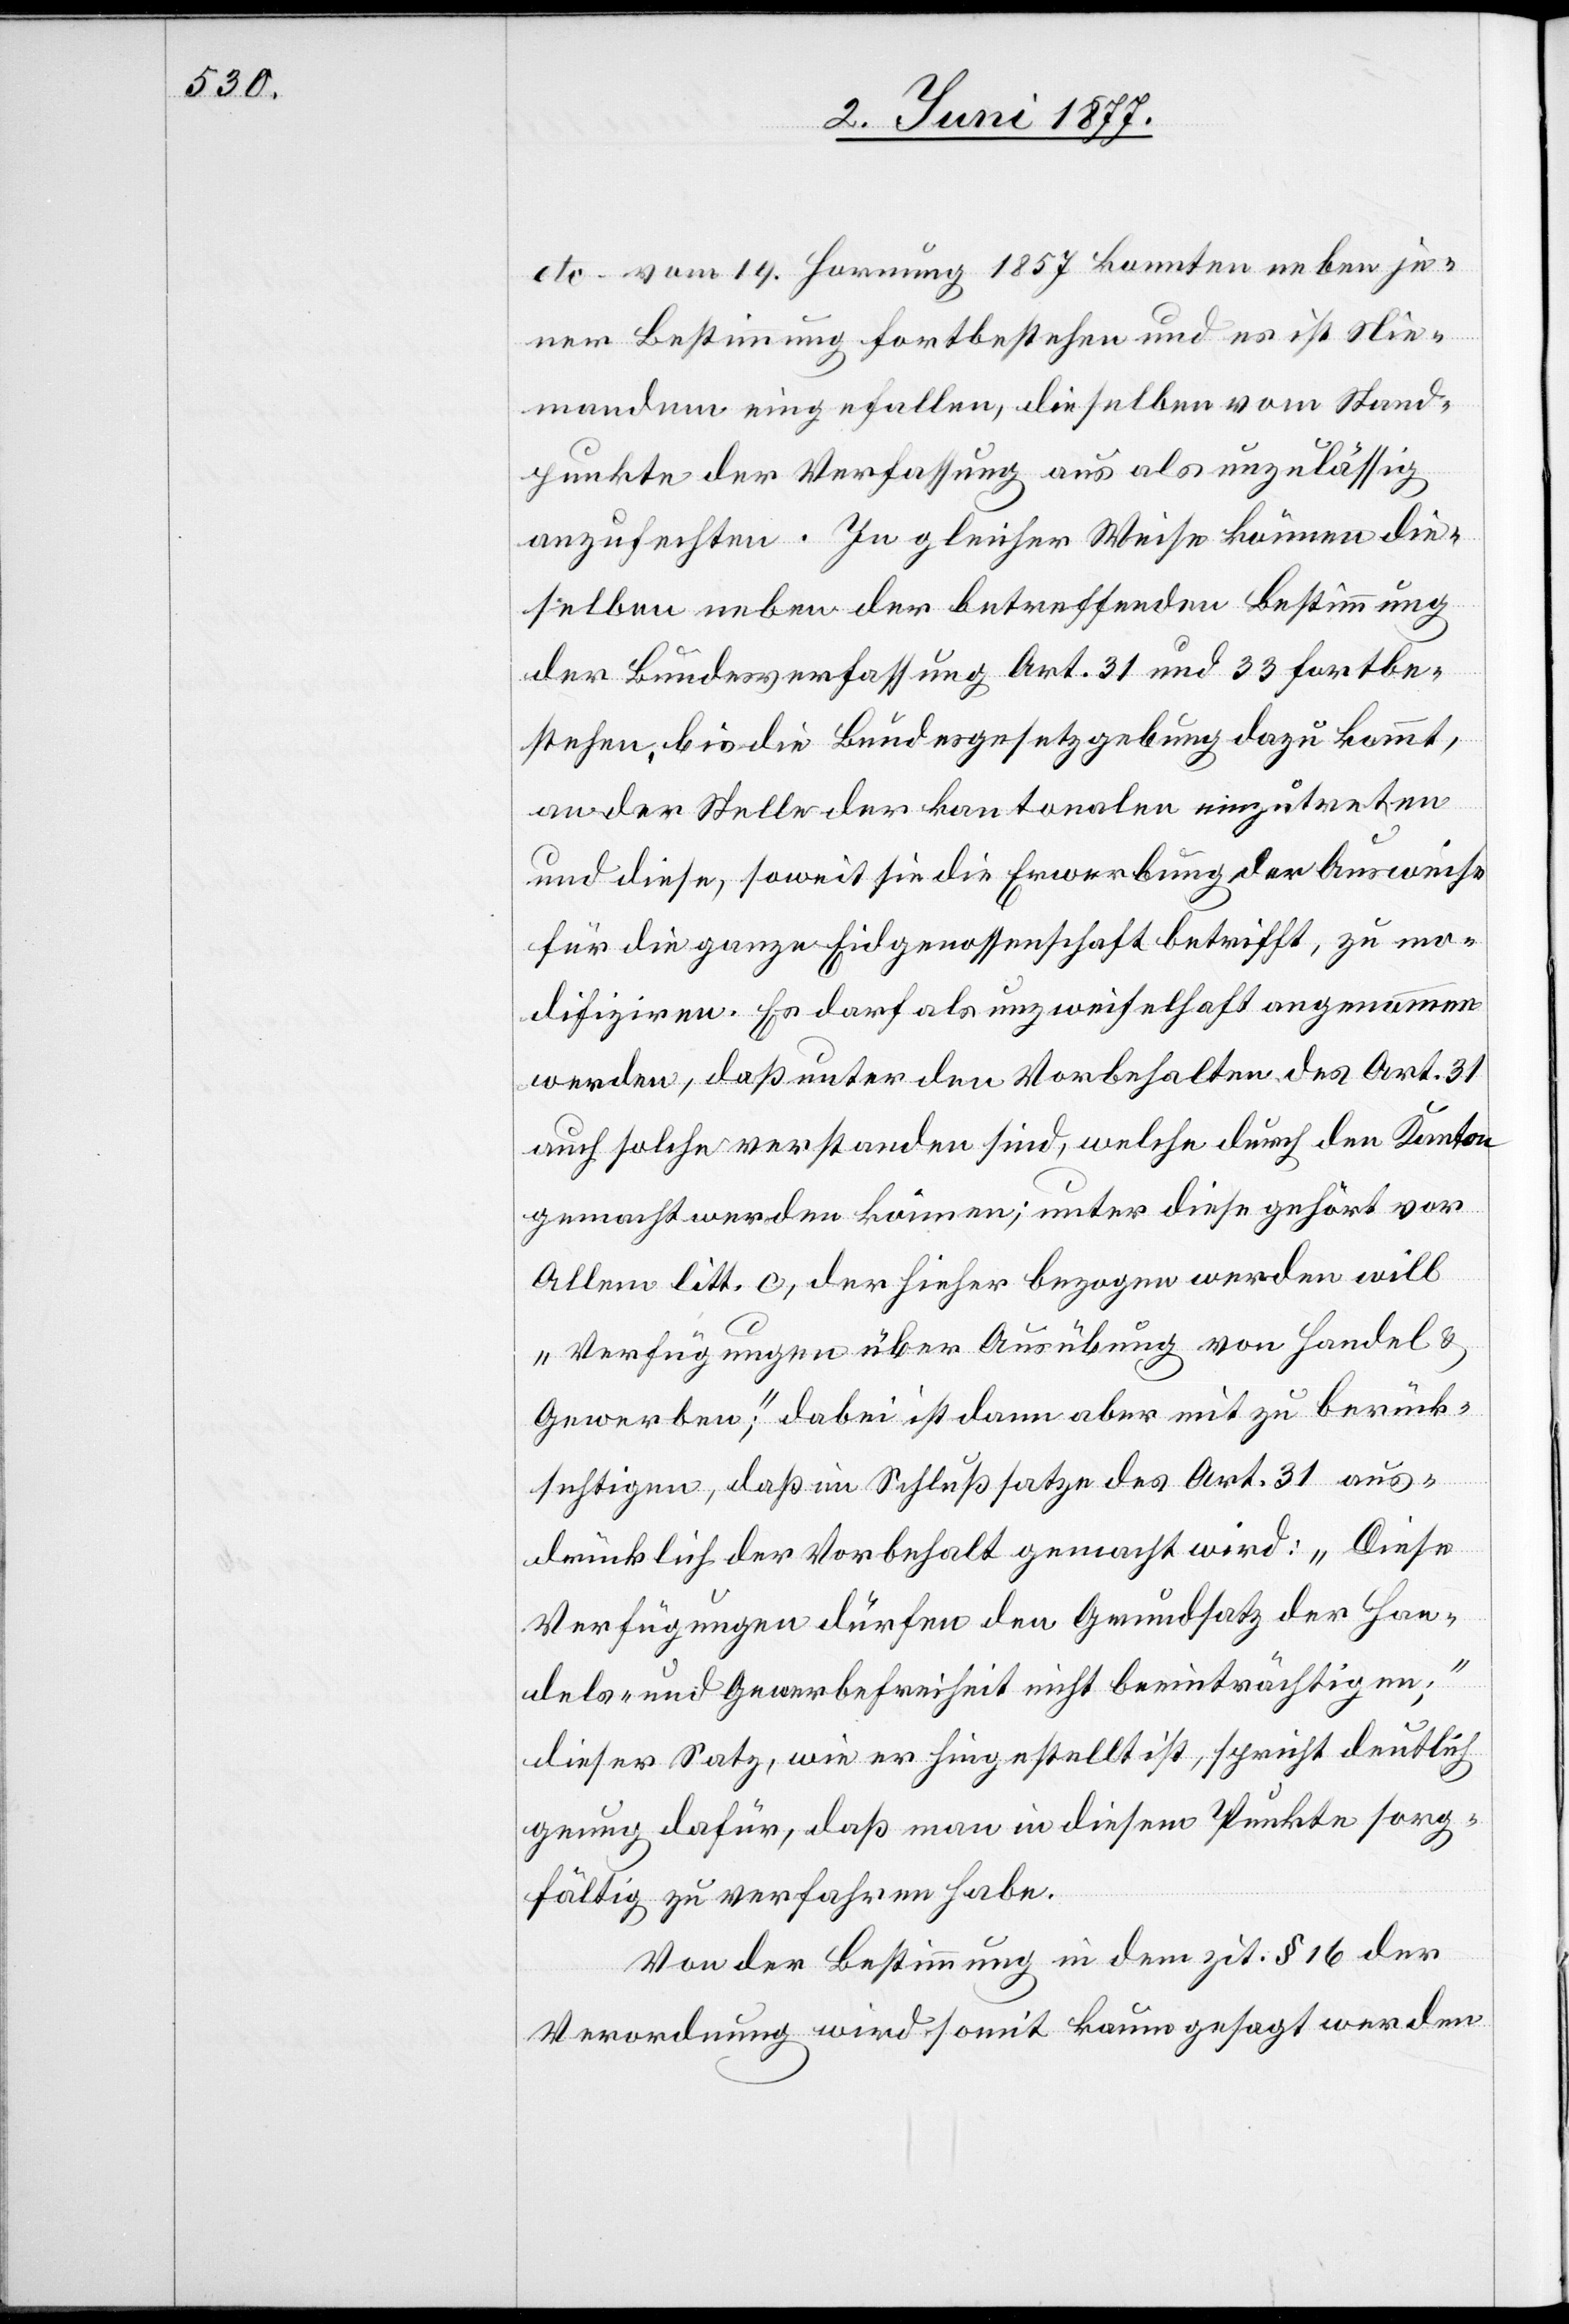
etc. vom 19. Hornung 1857 konnten neben je¬
ner Bestimmung fortbestehen und es ist Nie¬
mandem eingefallen, dieselben vom Stand¬
punkte der Verfassung aus als unzulässig
anzufechten. In gleicher Weise können die¬
selben neben der betreffenden Bestimmung
der Bundesverfassung Art. 31 und 33 fortbe¬
stehen, bis die Bundesgesetzgebung dazu kommt,
an der Stelle der kantonalen einzutreten
und diese, soweit sie die Erwerbung der Ausweise
für die ganze Eidgenossenschaft betrifft zu mo¬
difiziren. Es darf als unzweifelhaft angenommen
werden, daß unter den Vorbehalten des Art. 31
auch solche verstanden sind, welche durch den Kanton
gemacht werden können; unter diese gehört vor
Allem litt. c, der hieher bezogen werden will
„Verfügungen über Ausübung von Handel &
Gewerben“; dabei ist dann aber mit zu berück¬
sichtigen, daß im Schlußsatze des Art. 31 aus¬
drücklich der Vorbehalt gemacht wird: „Diese
Verfügungen dürfen den Grundsatz der Han¬
dels- und Gewerbefreiheit nicht beeinträchtigen“;
dieser Satz, wie er hingestellt ist, spricht deutlich
genug dafür, daß man in diesem Punkte sorg¬
fältig zu verfahren habe.
Von der Bestimmung in dem zit. § 16 der
Verordnung wird somit kaum gesagt werden